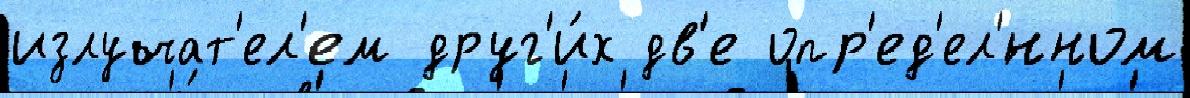
излучат'ел'ем друг'и́х дв'е опр'ед'ел'́нном